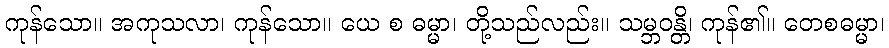
ကုန်သော။ အကုသလာ၊ ကုန်သော။ ယေ စ ဓမ္မာ၊ တို့သည်လည်း။ သမ္ဘဝန္တိ၊ ကုန်၏။ တေစဓမ္မာ၊